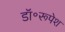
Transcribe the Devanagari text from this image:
डॉ॰रूपेश